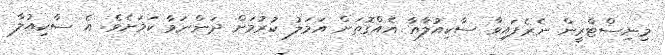
މިނިސްޓްރީން ނެރެފައިވާ ސާކިއުލާއާ އެއްގޮތަށް އަމަލު ކުރުމަށް ދަންނަވާ ކަމަށެވެ. އެ ސާކިއުލާ